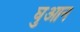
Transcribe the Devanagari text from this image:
घुआन